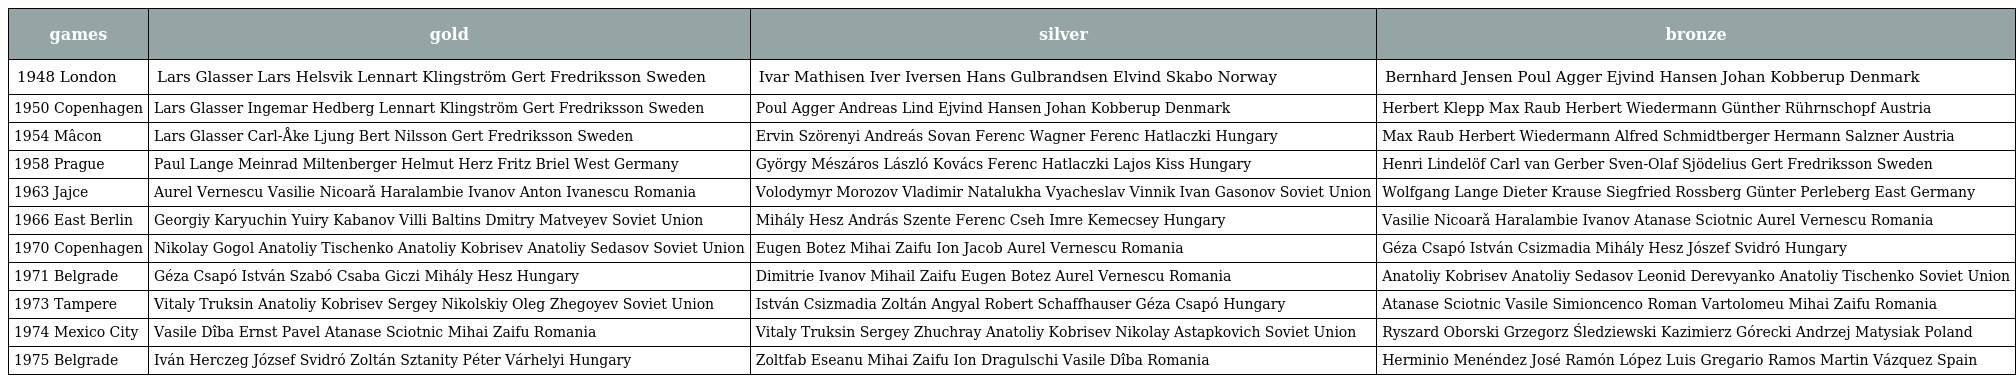
| games | gold | silver | bronze |
 | --- | --- | --- | --- |
 | 1948 London | Lars Glasser Lars Helsvik Lennart Klingström Gert Fredriksson Sweden | Ivar Mathisen Iver Iversen Hans Gulbrandsen Elvind Skabo Norway | Bernhard Jensen Poul Agger Ejvind Hansen Johan Kobberup Denmark |
 | 1950 Copenhagen | Lars Glasser Ingemar Hedberg Lennart Klingström Gert Fredriksson Sweden | Poul Agger Andreas Lind Ejvind Hansen Johan Kobberup Denmark | Herbert Klepp Max Raub Herbert Wiedermann Günther Rührnschopf Austria |
 | 1954 Mâcon | Lars Glasser Carl-Åke Ljung Bert Nilsson Gert Fredriksson Sweden | Ervin Szörenyi Andreás Sovan Ferenc Wagner Ferenc Hatlaczki Hungary | Max Raub Herbert Wiedermann Alfred Schmidtberger Hermann Salzner Austria |
 | 1958 Prague | Paul Lange Meinrad Miltenberger Helmut Herz Fritz Briel West Germany | György Mészáros László Kovács Ferenc Hatlaczki Lajos Kiss Hungary | Henri Lindelöf Carl van Gerber Sven-Olaf Sjödelius Gert Fredriksson Sweden |
 | 1963 Jajce | Aurel Vernescu Vasilie Nicoarǎ Haralambie Ivanov Anton Ivanescu Romania | Volodymyr Morozov Vladimir Natalukha Vyacheslav Vinnik Ivan Gasonov Soviet Union | Wolfgang Lange Dieter Krause Siegfried Rossberg Günter Perleberg East Germany |
 | 1966 East Berlin | Georgiy Karyuchin Yuiry Kabanov Villi Baltins Dmitry Matveyev Soviet Union | Mihály Hesz András Szente Ferenc Cseh Imre Kemecsey Hungary | Vasilie Nicoarǎ Haralambie Ivanov Atanase Sciotnic Aurel Vernescu Romania |
 | 1970 Copenhagen | Nikolay Gogol Anatoliy Tischenko Anatoliy Kobrisev Anatoliy Sedasov Soviet Union | Eugen Botez Mihai Zaifu Ion Jacob Aurel Vernescu Romania | Géza Csapó István Csizmadia Mihály Hesz Jószef Svidró Hungary |
 | 1971 Belgrade | Géza Csapó István Szabó Csaba Giczi Mihály Hesz Hungary | Dimitrie Ivanov Mihail Zaifu Eugen Botez Aurel Vernescu Romania | Anatoliy Kobrisev Anatoliy Sedasov Leonid Derevyanko Anatoliy Tischenko Soviet Union |
 | 1973 Tampere | Vitaly Truksin Anatoliy Kobrisev Sergey Nikolskiy Oleg Zhegoyev Soviet Union | István Csizmadia Zoltán Angyal Robert Schaffhauser Géza Csapó Hungary | Atanase Sciotnic Vasile Simioncenco Roman Vartolomeu Mihai Zaifu Romania |
 | 1974 Mexico City | Vasile Dîba Ernst Pavel Atanase Sciotnic Mihai Zaifu Romania | Vitaly Truksin Sergey Zhuchray Anatoliy Kobrisev Nikolay Astapkovich Soviet Union | Ryszard Oborski Grzegorz Śledziewski Kazimierz Górecki Andrzej Matysiak Poland |
 | 1975 Belgrade | Iván Herczeg József Svidró Zoltán Sztanity Péter Várhelyi Hungary | Zoltfab Eseanu Mihai Zaifu Ion Dragulschi Vasile Dîba Romania | Herminio Menéndez José Ramón López Luis Gregario Ramos Martin Vázquez Spain |